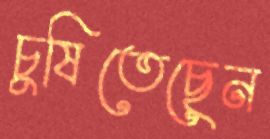
চুষিতেছেন